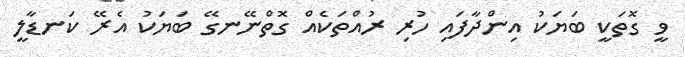
ވީ ގޮތަކީ ބަޔަކު އިންދާފައި ހުރި ރުއްތަކެއް ގޮތްނޭނގޭ ބަޔަކު އެރޭ ކަނޑާލީ